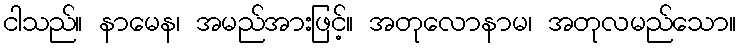
ငါသည်။ နာမေန၊ အမည်အားဖြင့်။ အတုလောနာမ၊ အတုလမည်သော။